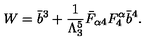
W = \bar { b } ^ { 3 } + \frac { 1 } { \Lambda _ { 3 } ^ { 5 } } \bar { F } _ { \alpha 4 } F _ { 4 } ^ { \alpha } \bar { b } ^ { 4 } .